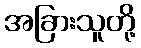
အခြားသူတို့